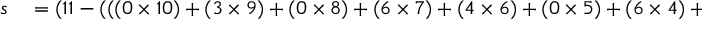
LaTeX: \begin{array} { r l } { s } & { { } = ( 1 1 - ( ( ( 0 \times 1 0 ) + ( 3 \times 9 ) + ( 0 \times 8 ) + ( 6 \times 7 ) + ( 4 \times 6 ) + ( 0 \times 5 ) + ( 6 \times 4 ) + ( 1 \times 3 ) + ( 5 \times 2 ) ) \, { \bmod { \, } } 1 1 ) ) \, { \bmod { \, } } 1 1 } \end{array}